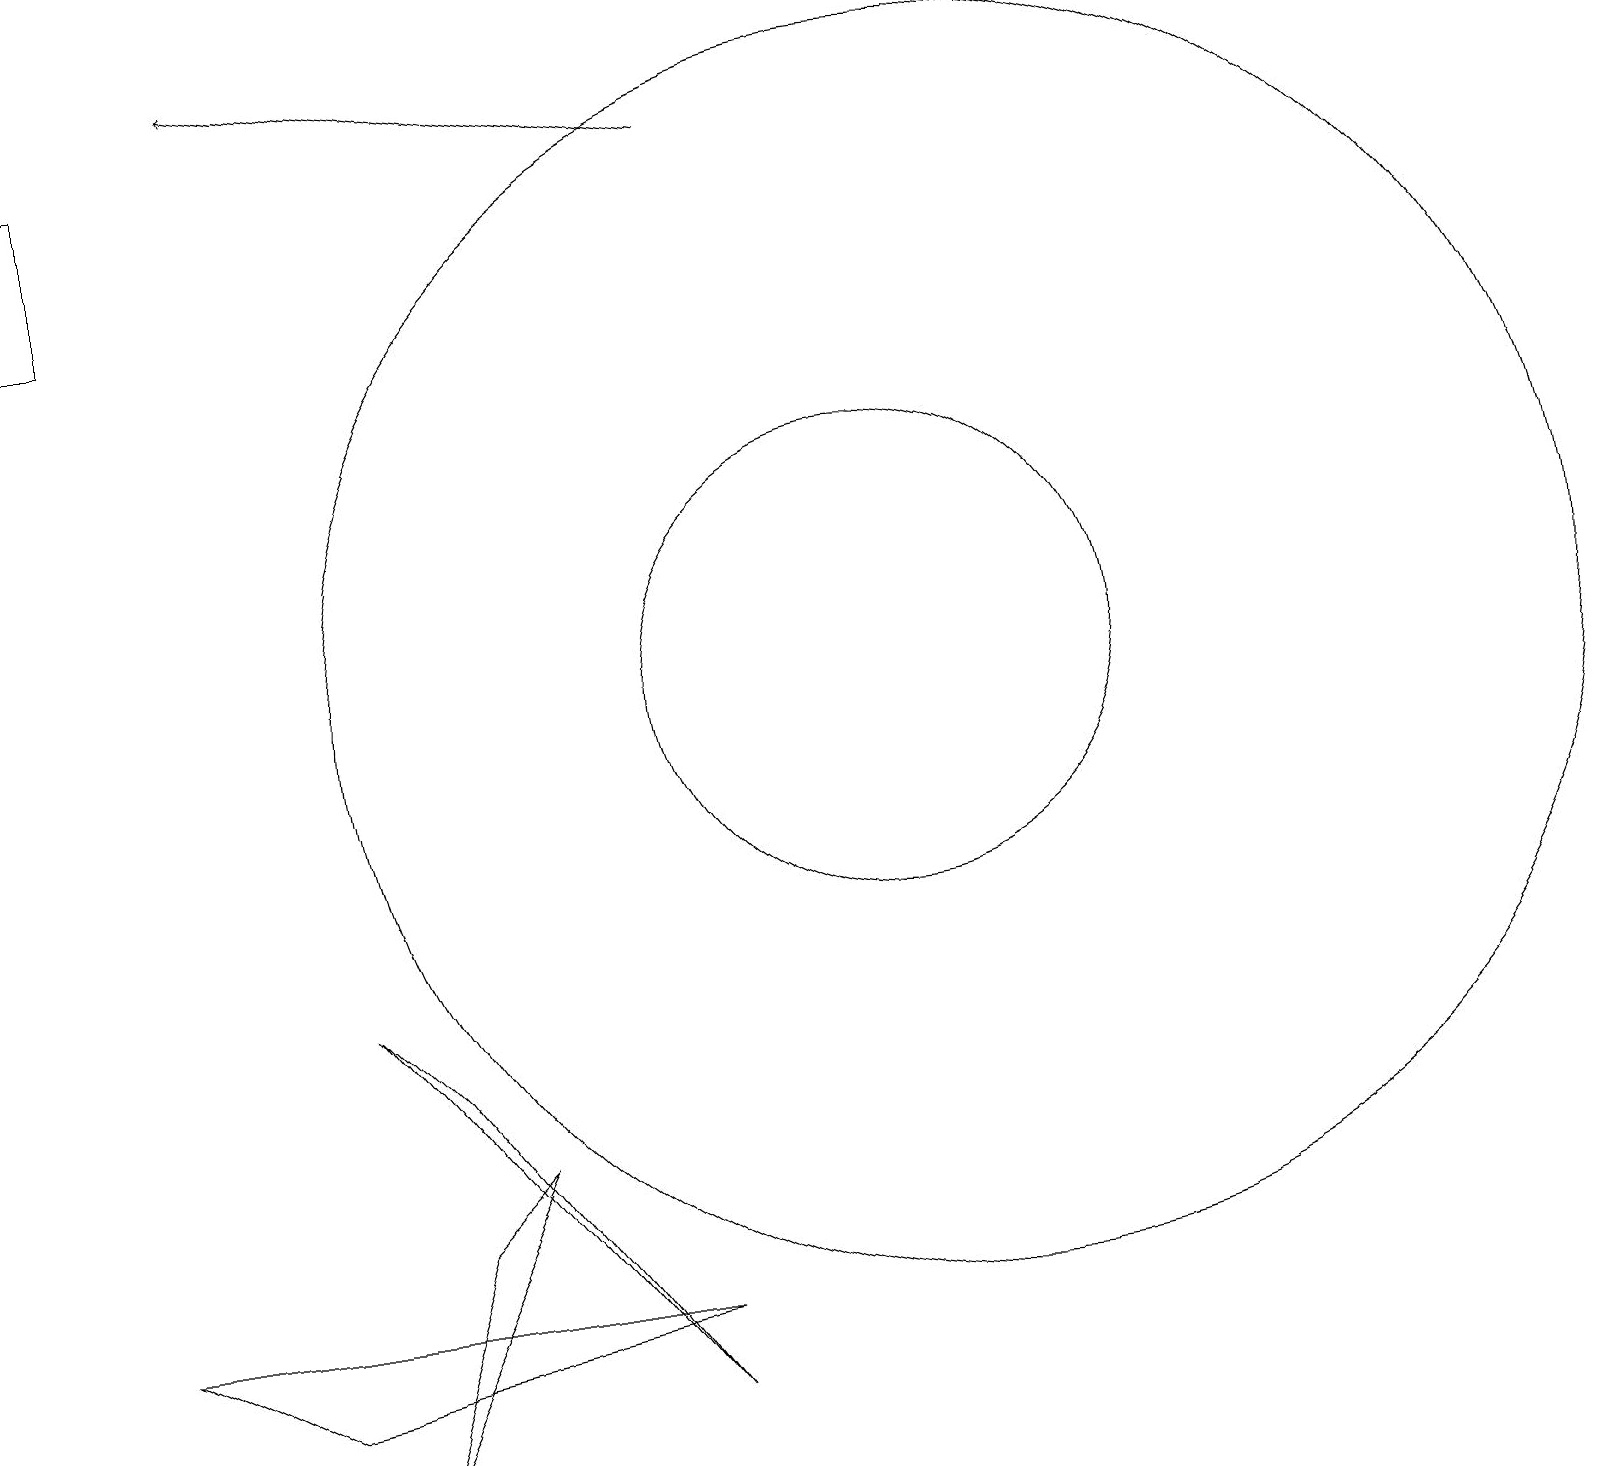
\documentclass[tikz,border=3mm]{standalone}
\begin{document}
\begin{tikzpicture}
\draw (11,10) circle (3);
\draw (0,15) rectangle (1,17);
\draw (6,4) -- (5,3) -- (4,0) -- cycle;
\draw (1,2) -- (8,2) -- (3,1) -- cycle;
\draw[->] (9,17) -- (3,18);
\draw (5,5) -- (4,6) -- (8,1) -- cycle;
\draw (12,10) circle (8);
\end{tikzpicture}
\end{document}